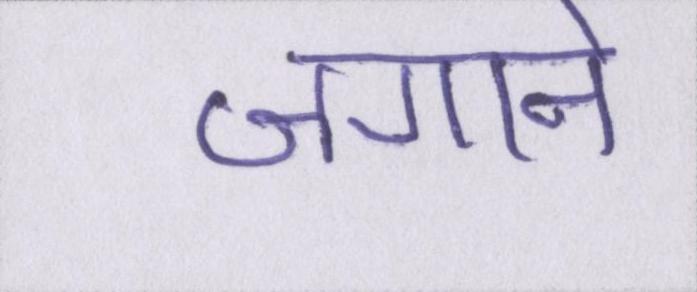
जगाने